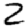
Digit: 2